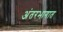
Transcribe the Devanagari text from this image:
अंतरभागात